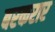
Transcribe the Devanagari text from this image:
बरकरार